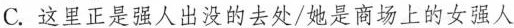
C.这里正是强人出没的去处/她是商场上的女强人